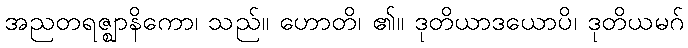
အညတရဇ္ဈာနိကော၊ သည်။ ဟောတိ၊ ၏။ ဒုတိယာဒယောပိ၊ ဒုတိယမဂ်